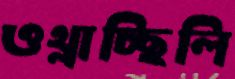
ওথ্‌লাচ্ছিলি